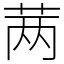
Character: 𬜯